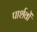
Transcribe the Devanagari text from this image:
पार्शवों